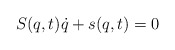
\begin{align*} S(q,t)\dot q + s(q,t) = 0\end{align*}